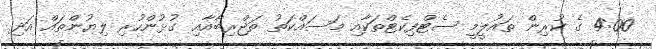
4:00 ގެ ކުރިން ތައުލީމީ ސެޓްފިކެޓްތަކާއި މަސައްކަތު ތަޖްރިބާއާއި ގުޅުންހުރި ލިޔުންތައް އަދި